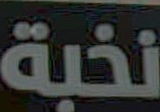
نخبة